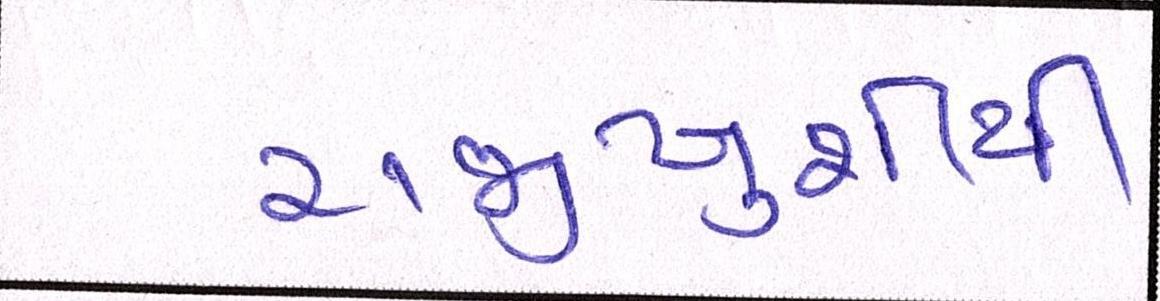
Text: રાજીખુશીથી